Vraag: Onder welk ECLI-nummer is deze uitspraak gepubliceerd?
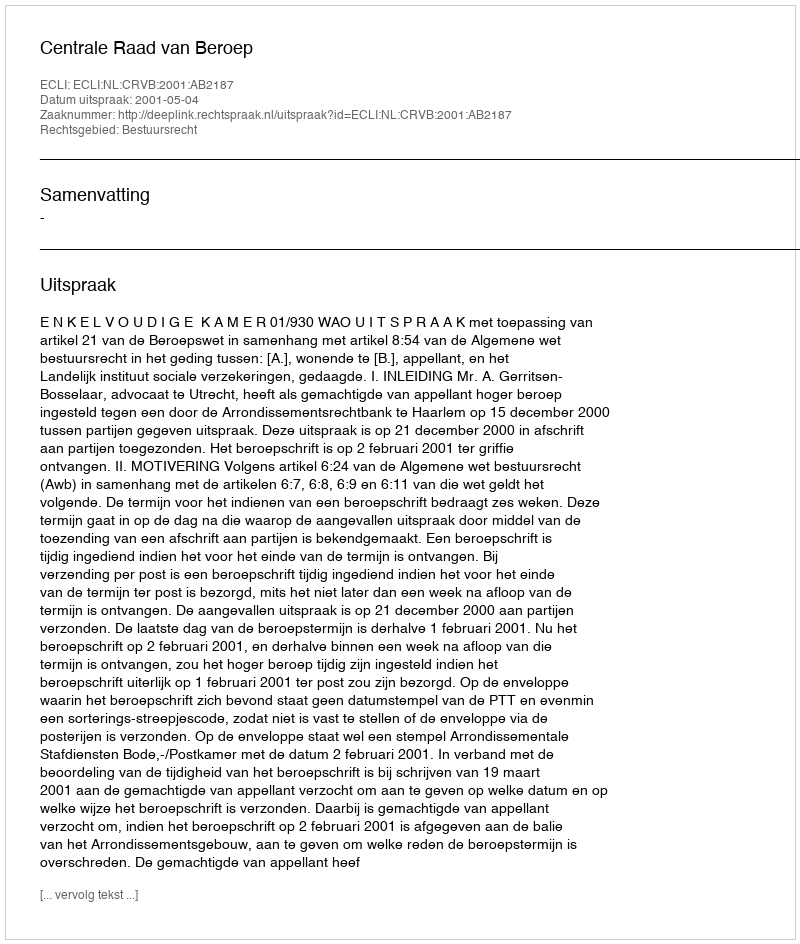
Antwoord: ECLI:NL:CRVB:2001:AB2187